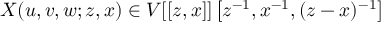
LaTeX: X ( u , v , w ; z , x ) \in V [ [ z , x ] ] \left[ z ^ { - 1 } , x ^ { - 1 } , ( z - x ) ^ { - 1 } \right]